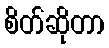
စိတ်ဆိုတာ